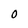
Character: 0